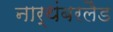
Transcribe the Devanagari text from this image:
नार्थंबरलैड